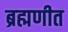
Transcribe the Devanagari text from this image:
ब्रह्मणीत